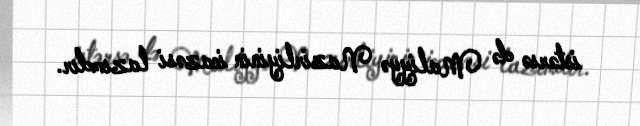
istərsə də Maliyyə Nazirliyinin icazəsi lazımdır.